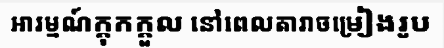
អារម្មណ៍ក្តុកក្តួល នៅពេលតារាចម្រៀងរូប